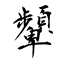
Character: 顰